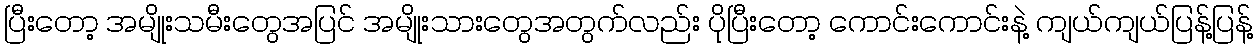
ပြီးတော့ အမျိုးသမီးတွေအပြင် အမျိုးသားတွေအတွက်လည်း ပိုပြီးတော့ ကောင်းကောင်းနဲ့ ကျယ်ကျယ်ပြန့်ပြန့်